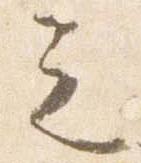
之